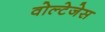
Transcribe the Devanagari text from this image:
वोल्टेजेस